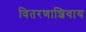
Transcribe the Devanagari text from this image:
वितरणाशिवाय